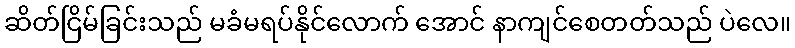
ဆိတ်ငြိမ်ခြင်းသည် မခံမရပ်နိုင်လောက် အောင် နာကျင်စေတတ်သည် ပဲလေ။